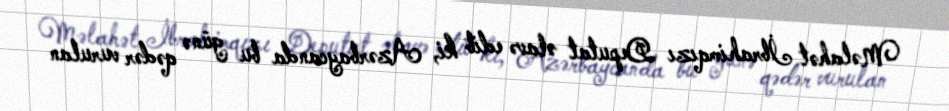
Məlahət İbrahimqızı Deputat əlavə edib ki, Azərbaycanda bu günə qədər vurulan